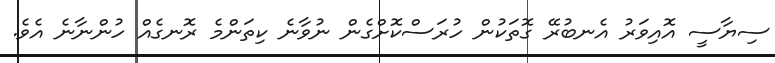
ސިޔާސީ އޮއިވަރު އެނބުރޭ ގޮތަކުން ހުރަސްކޮށްގެން ނުވާނެ ކިތަންމެ ރޮނގެއް ހުންނާނެ އެވެ.